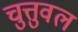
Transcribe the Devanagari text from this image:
चुत्तुवल